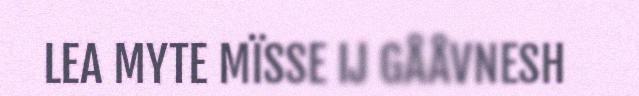
LEA MYTE MÏSSE IJ GÅÅVNESH